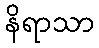
နိရာသာ